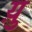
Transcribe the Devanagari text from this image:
य़ु